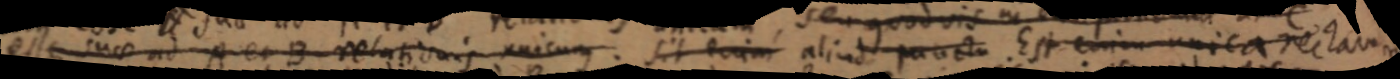
esse suae ad A et B relationis unicum. Sit enim aliud puncta Est enim unica rectam